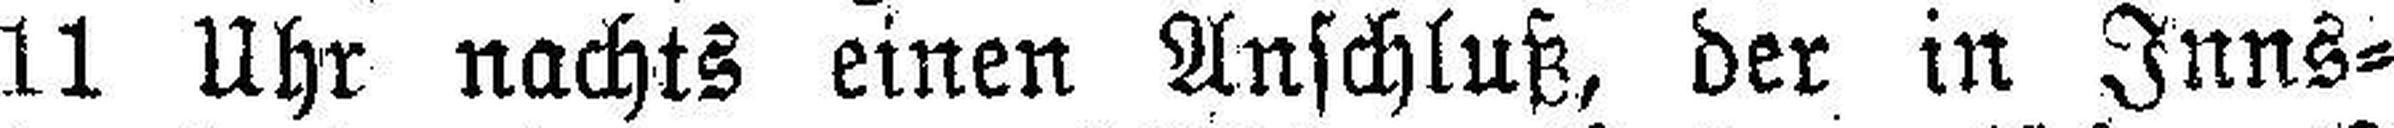
11 Uhr nachts einen Anschluß, der in Inns¬